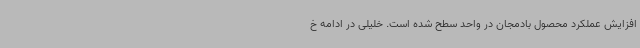
افزایش عملکرد محصول بادمجان در واحد سطح شده است. خلیلی در ادامه خ